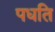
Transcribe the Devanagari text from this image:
पधति